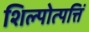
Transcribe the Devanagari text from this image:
शिल्पोत्पत्तिं